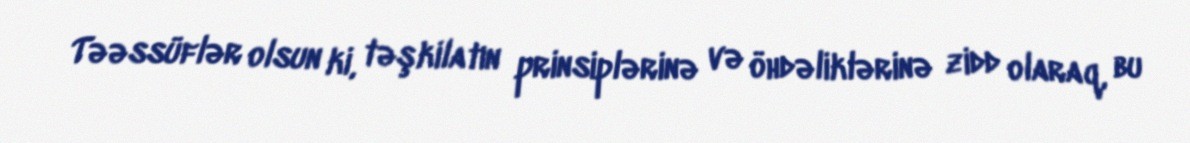
Təəssüflər olsun ki, təşkilatın prinsiplərinə və öhdəliklərinə zidd olaraq, bu